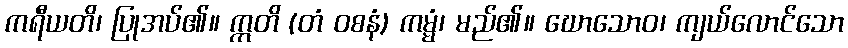
ကရီယတိ၊ ပြုအပ်၏။ ဣတိ (တံ ဝစနံ) ကမ္မံ၊ မည်၏။ ဃောသောဝ၊ ကျယ်လောင်သော